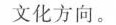
文化方向。